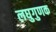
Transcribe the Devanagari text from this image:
लघुगुणक